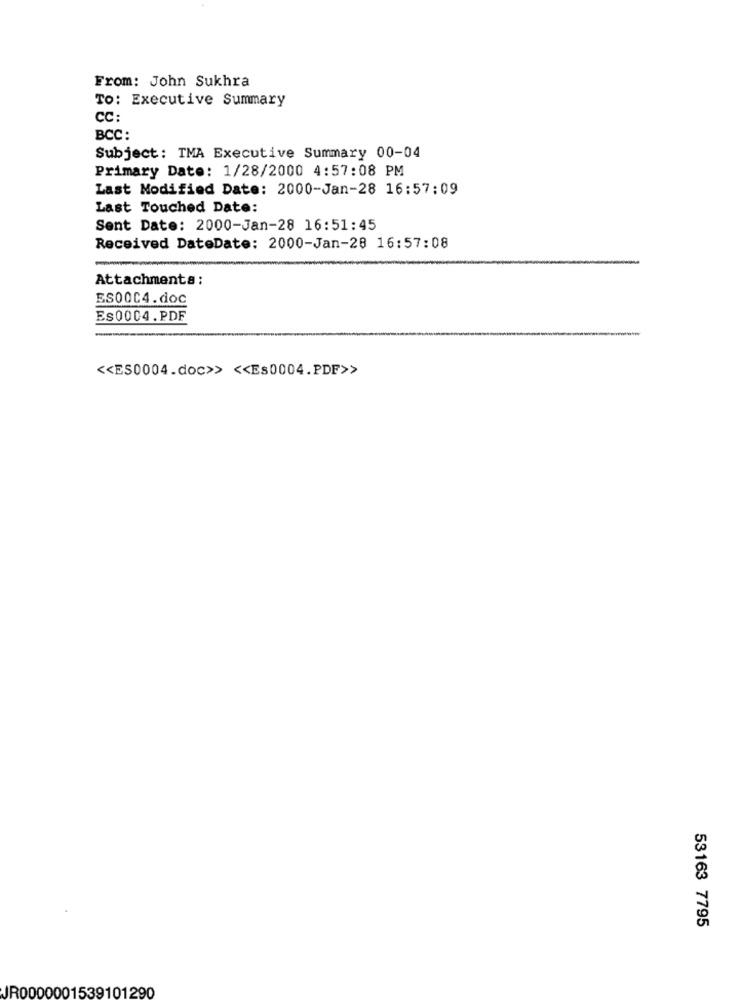
From: John Sukhra
TO: Executive Summary
CC:
BCC:
Subject: TMA Executive Summary 00-04
Primary Date: 1/28/2000 4:57:08 PM
Last Modified Date: 2000-Jan-28 16:57:09
Last Touched Date:
Sent Date: 2000-Jan-28 16:51:45
Received DateDate: 2000-Jan-28 16:57:08
Attachments :
ES00C4.doc
Es0004.PDF
<< ES0004.doc>> << Es0004.PDF>>
53163 7795
JR0000001539101290